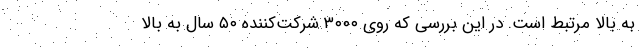
به بالا مرتبط است. در این بررسی که روی ۳۰۰۰ شرکت‌کننده ۵۰ سال به بالا